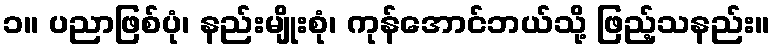
၁။ ပညာဖြစ်ပုံ၊ နည်းမျိုးစုံ၊ ကုန်အောင်ဘယ်သို့ ဖြည့်သနည်း။